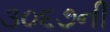
૩૦૬૭ની